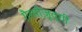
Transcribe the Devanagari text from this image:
ग़ैरमौज़ूदग़ी